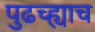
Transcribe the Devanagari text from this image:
पुढच्ह्याच